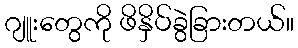
ဂျူးတွေကို ဖိနှိပ်ခွဲခြားတယ်။